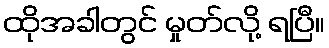
ထိုအခါတွင် မှုတ်လို့ ရပြီ။